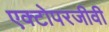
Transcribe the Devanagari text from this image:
एक्टोपरजीवी